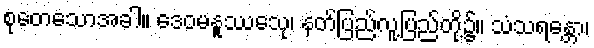
စုတေသောအခါ။ ဒေဝမနူဿေသု၊ နတ်ပြည်လူ့ပြည်တို့၌။ သံသရန္တော၊